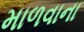
માળવાના